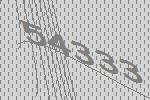
54333